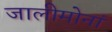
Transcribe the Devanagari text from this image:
जालीमोनां